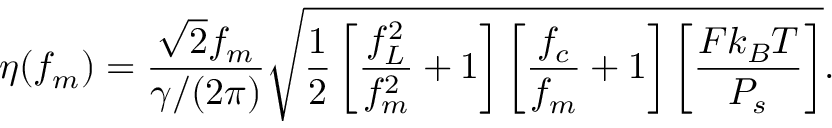
\eta ( f _ { m } ) = \frac { \sqrt { 2 } f _ { m } } { \gamma / ( 2 \pi ) } \sqrt { \frac { 1 } { 2 } \left[ \frac { f _ { L } ^ { 2 } } { f _ { m } ^ { 2 } } + 1 \right] \left[ \frac { f _ { c } } { f _ { m } } + 1 \right] \left[ \frac { F k _ { B } T } { P _ { s } } \right] } .